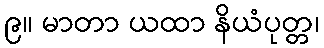
၉။ မာတာ ယထာ နိယံပုတ္တ၊